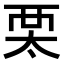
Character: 𧟧